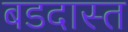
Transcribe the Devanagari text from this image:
बडदास्त